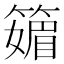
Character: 䉋